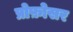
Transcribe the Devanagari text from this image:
प्रोफ़ोसर